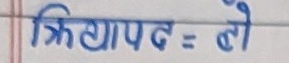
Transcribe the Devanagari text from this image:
क्रियापद = लो